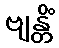
ဗျန္တိံ